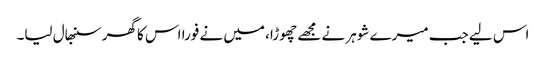
اس لیے جب میرے شوہر نے مجھے چھوڑا، میں نے فورا اس کا گھر سنبھال لیا۔